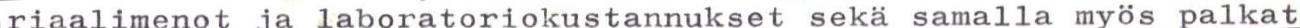
riaalimenot ja laboratoriokustannukset sekä samalla myös palkat